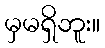
မှမရှိဘူး။